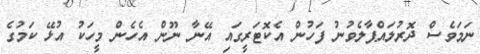
ނަމަވެސް ދޮރުލައްޕާލެވުނު ފަހުން އެކޮޓަރީގައި އޭނާ ނޫން އެހެން މީހަކު އުޅޭ ކަމުގެ